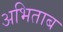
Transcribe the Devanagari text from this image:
अभिताब